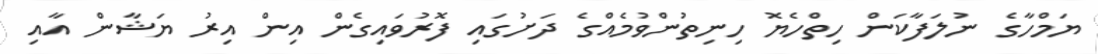
ޔަމްހާގެ ނުލަފާކަން ހިތްހެޔޮ ހިނިތުންވުމެއްގެ ދަށުގައި ފޮރުވައިގެން އިން އިރު ޔަޝާން އާއި